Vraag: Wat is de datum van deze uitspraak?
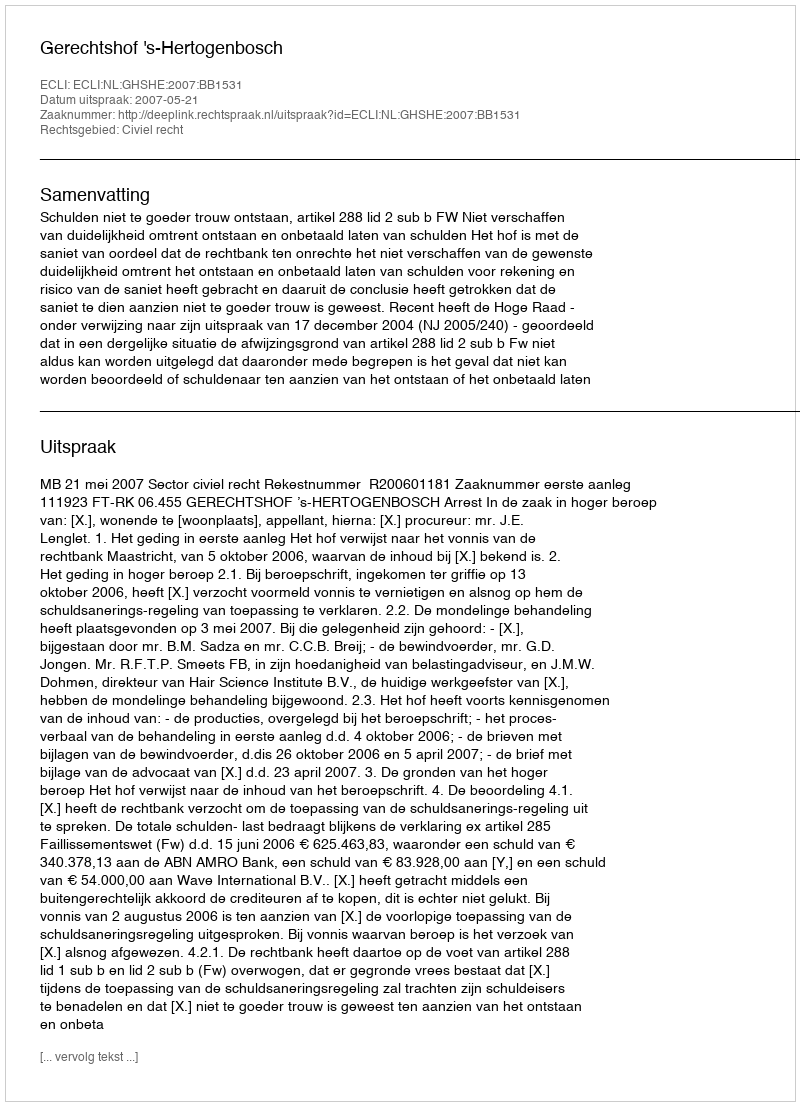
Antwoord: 2007-05-21